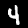
Label: 4